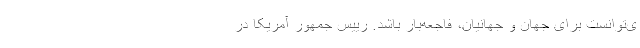
ی‌توانست برای جهان و جهانیان، فاجعه‌بار باشد. رییس جمهور آمریکا در